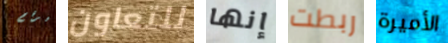
لرقم للتعاون إنها ربطت الأميرة